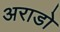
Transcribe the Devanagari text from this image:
अराडो